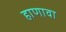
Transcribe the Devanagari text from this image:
हाणावा